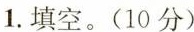
1.填空。(10分)